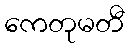
ကေတုမတီ